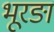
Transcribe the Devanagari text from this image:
भूरङा